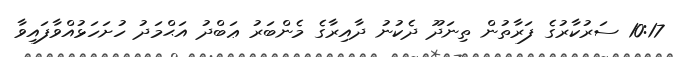
10:17 ސަރުކާރުގެ ފަރާތުން ތިނަދޫ ދެކުނު ދާއިރާގެ މެންބަރު ޢަބްދު އަޙްމަދު ހުށަހަޅުއްވާފައިވާ